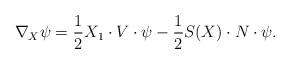
\begin{align*}\nabla_X\psi=\frac{1}{2}X_1\cdot V\cdot\psi-\frac{1}{2}S(X)\cdot N\cdot\psi.\end{align*}